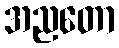
အညတော